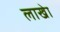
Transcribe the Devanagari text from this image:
लाखेा